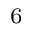
_ 6